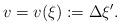
LaTeX: \begin{align*}v = v(\xi) := \Delta \xi'.\end{align*}